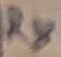
Text: R8